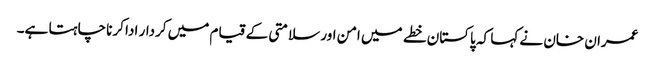
عمران خان نے کہا کہ پاکستان خطے میں امن اور سلامتی کے قیام میں کردار ادا کرنا چاہتا ہے۔